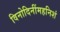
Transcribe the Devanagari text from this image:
विनोदिनींमहनिशं